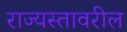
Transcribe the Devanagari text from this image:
राज्यस्तावरील